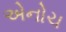
એનોચ